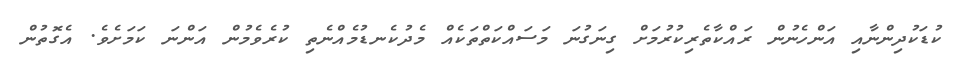
ކުޑަކުދިންނާއި އަންހެނުން ރައްކާތެރިކުރުމަށް ގިނަގުނަ މަސައްކަތްތަކެއް މެދުކެނޑުމެއްނެތި ކުރެވެމުން އަންނަ ކަމަށެވެ. އެގޮތުން